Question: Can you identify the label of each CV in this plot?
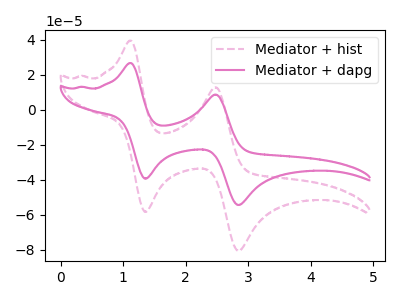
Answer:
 <answer>The pink dashed curve is labeled "Mediator + hist". The pink curve is labeled "Mediator + dapg".</answer>
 <eval></eval>